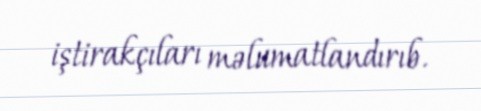
iştirakçıları məlumatlandırıb.